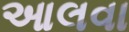
આલવા